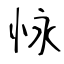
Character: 怺